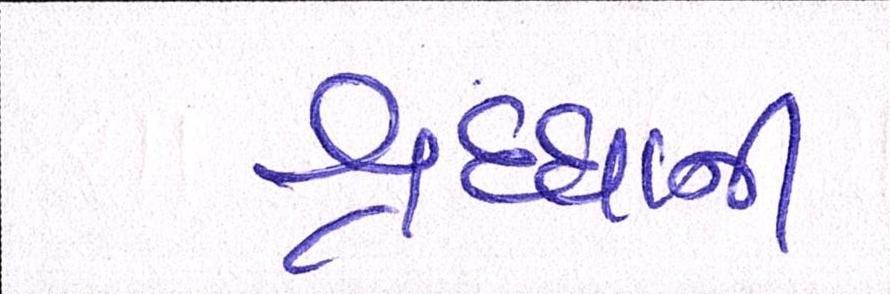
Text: શ્રદ્ધાની